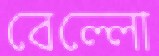
বেল্লো